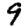
Digit: 9